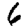
Digit: 6